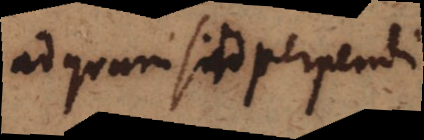
ad quam sit perpendi